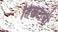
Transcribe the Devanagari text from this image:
तिखटाची